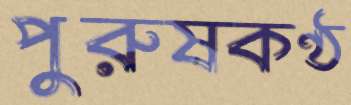
পুরুষকণ্ঠ